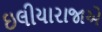
ઇલીયારાજાએ